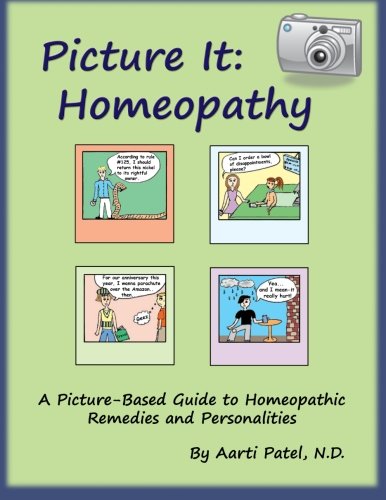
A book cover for Picture It: Homeopathy: A Picture-Based Guide to Homeopathic Remedies and Personalities; Aarti Patel N.D.; Health, Fitness & Dieting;